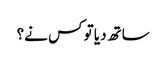
ساتھ دیا تو کس نے؟